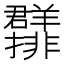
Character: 𱻖